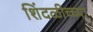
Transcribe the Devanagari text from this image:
शिंदळीच्च्या